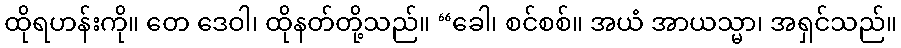
ထိုရဟန်းကို။ တေ ဒေဝါ၊ ထိုနတ်တို့သည်။ “ခေါ၊ စင်စစ်။ အယံ အာယသ္မာ၊ အရှင်သည်။